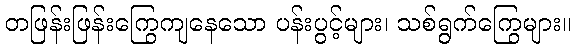
တဖြန်းဖြန်းကြွေကျနေသော ပန်းပွင့်များ၊ သစ်ရွက်ကြွေများ။